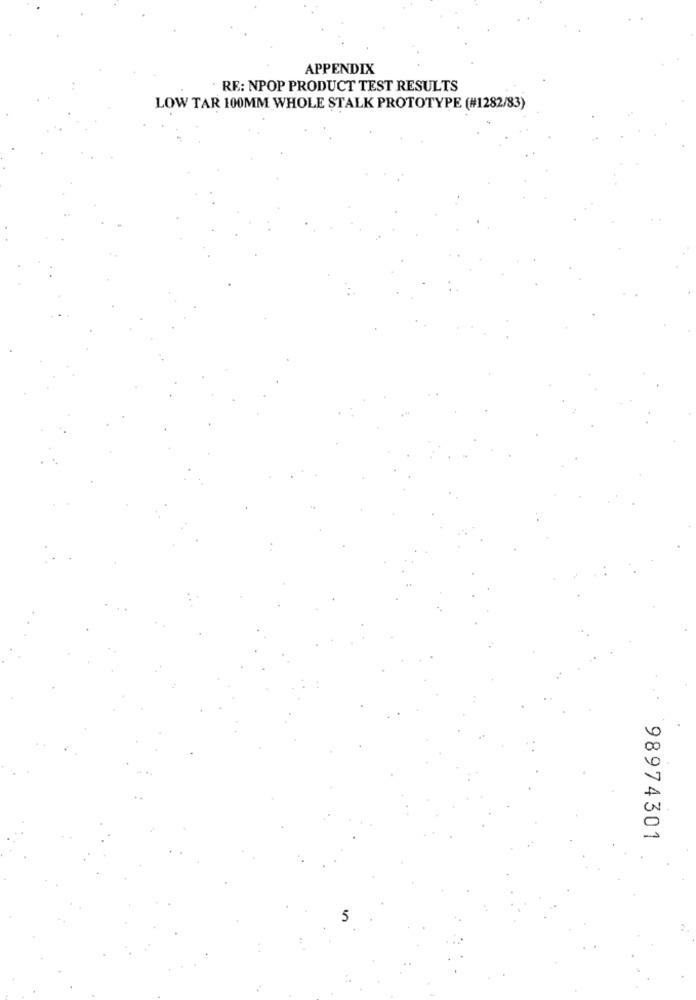
APPENDIX
RE: NPOP PRODUCT TEST RESULTS
LOW TAR 100MM WHOLE STALK PROTOTYPE (#1282/83)
98974301